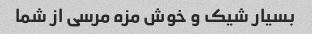
بسیار شیک و خوش مزه مرسی از شما